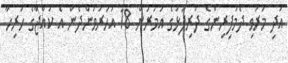
އަދި މަރުވި ދެމަފިރިންގެ ދަރިފުޅުގެ އުމުރުން 18 އަހަރުވަންދެން އެ ކުއްޖާގެ ހުރިހާ